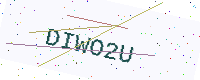
Text: DIWO2U